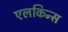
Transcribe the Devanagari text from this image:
एलकिन्स